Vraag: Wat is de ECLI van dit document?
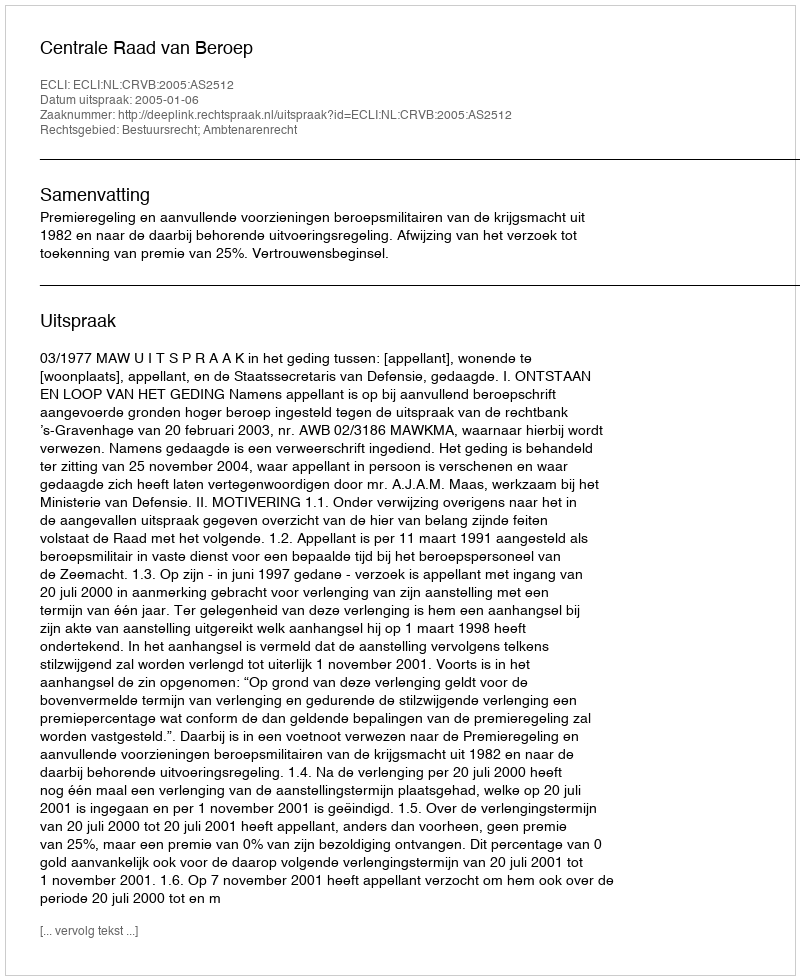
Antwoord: ECLI:NL:CRVB:2005:AS2512